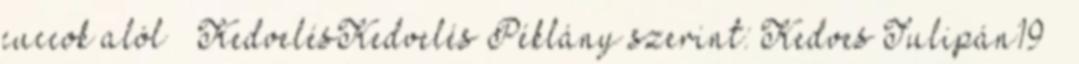
cuccok alól 🙂 KedvelésKedvelés Péklány szerint: Kedves Tulipán19 🙂